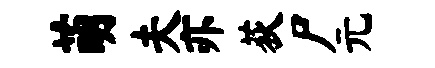
萌夫亦荻尸元